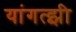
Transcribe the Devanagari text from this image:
यांगत्झी